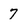
Character: 7